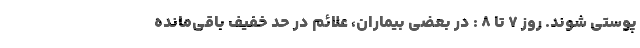
پوستی شوند. روز ۷ تا ۸ : در بعضی بیماران، علائم در حد خفیف باقی‌مانده